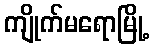
ကျိုက်မရောမြို့